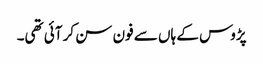
پڑوس کے ہاں سے فون سن کر آئی تھی۔